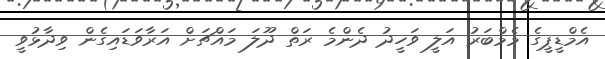
އެމްޑީޕީގެ މެމްބަރު އަލީ ވަހީދު ދެންމެ ރަތް ދޫލަ މައްޗަށް އަރާވަޑައިގެން ވިދާޅުވީ